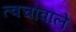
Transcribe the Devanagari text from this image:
त्वचावाले